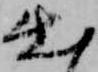
出